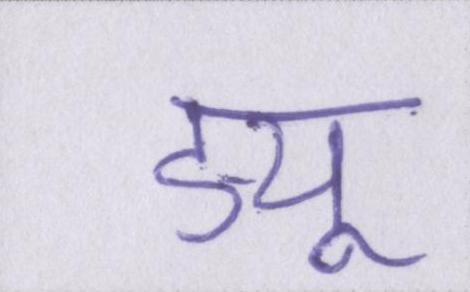
ड्यू